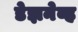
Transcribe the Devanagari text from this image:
डेझनेव्ह